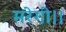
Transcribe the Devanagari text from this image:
मरेगी।।